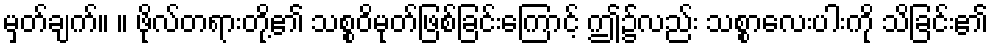
မှတ်ချက်။ ။ ဖိုလ်တရားတို့၏ သစ္စဝိမုတ်ဖြစ်ခြင်းကြောင့် ဤ၌လည်း သစ္စာလေးပါးကို သိခြင်း၏